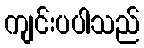
ကျင်းပပါသည်